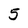
Character: 5